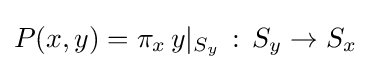
P(x,y)=\pi _{x}\,y|_{S_{y}}{\,}:{\,}S_{y}\rightarrow S_{x}